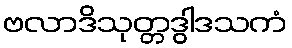
ဗလာဒိသုတ္တဒွါဒသကံ